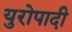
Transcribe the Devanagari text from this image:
युरोपादी